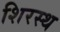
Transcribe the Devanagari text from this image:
शिरस्थ